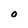
Character: O